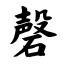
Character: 磬